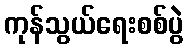
ကုန်သွယ်ရေးစစ်ပွဲ